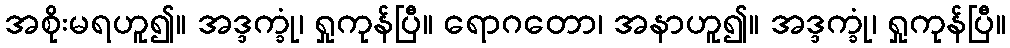
အစိုးမရဟူ၍။ အဒ္ဒက္ခုံ၊ ရှုကုန်ပြီ။ ရောဂတော၊ အနာဟူ၍။ အဒ္ဒက္ခုံ၊ ရှုကုန်ပြီ။